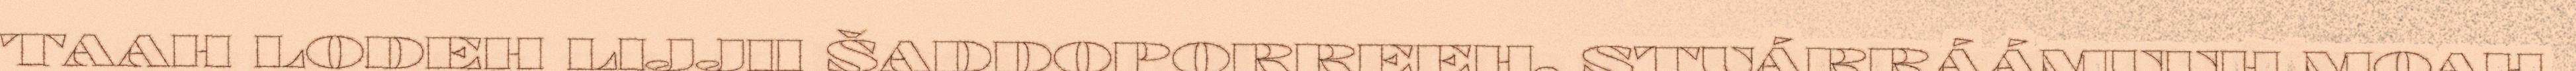
TAAH LODEH LIJJII ŠADDOPORREEH. STUÁRRÁÁMUUH MOAH